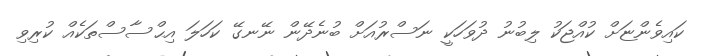
ކައިވެންޏަށް ކުއްޖަކު ލިބުނު ދުވަހަކީ ނަސްރުއަށް ބުނެދޭން ނޭނގޭ ކަހަލަ އިޙްސާސްތަކެއް ކުރިވި